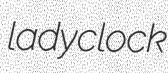
ladyclock